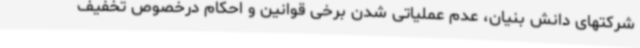
شرکتهای دانش بنیان، عدم عملیاتی شدن برخی قوانین و احکام درخصوص تخفیف